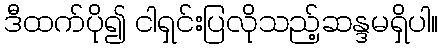
ဒီထက်ပို၍ ငါရှင်းပြလိုသည့်ဆန္ဒမရှိပါ။